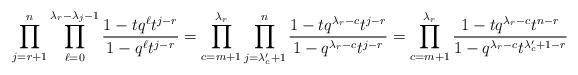
LaTeX: \begin{align*}\prod_{j=r+1}^n \prod_{\ell=0}^{\lambda_r-\lambda_j-1}\frac{1 - t q^\ell t^{j-r} }{1- q^\ell t^{j-r}} =\prod_{c=m+1}^{\lambda_r} \prod_{j=\lambda_c'+1}^{n} \frac{1-tq^{\lambda_r-c}t^{j-r} }{1-q^{\lambda_r-c} t^{j-r}}=\prod_{c=m+1}^{\lambda_r} \frac{1-tq^{\lambda_r-c}t^{n-r} }{1-q^{\lambda_r-c} t^{\lambda'_c+1-r}}\end{align*}